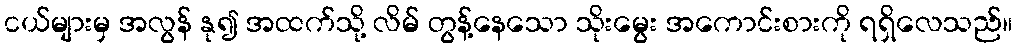
ငယ်များမှ အလွန် နု၍ အထက်သို့ လိမ် တွန့်နေသော သိုးမွေး အကောင်းစားကို ရရှိလေသည်။